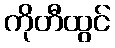
ကိုတီထွင်